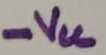
Text: -VCC